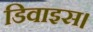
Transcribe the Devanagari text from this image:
डिवाइस।